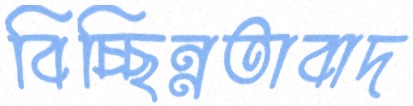
বিচ্ছিন্নতাবাদ